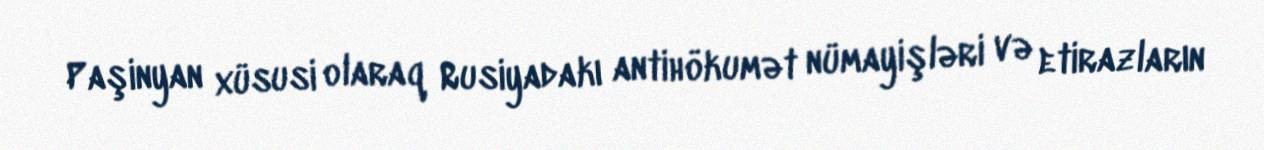
Paşinyan xüsusi olaraq Rusiyadakı antihökumət nümayişləri və etirazların